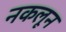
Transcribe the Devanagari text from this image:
नकलून